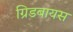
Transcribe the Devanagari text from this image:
ग्रिडबायस